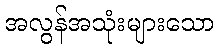
အလွန်အသုံးများသော